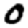
Digit: 0